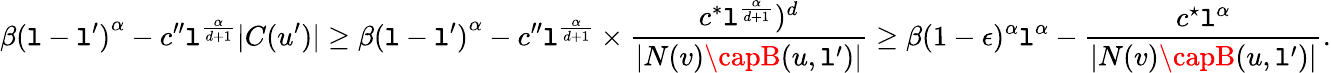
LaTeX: \beta{(\mathtt{l}-\mathtt{l}^{\prime})}^{\alpha}-c^{\prime\prime}\mathtt{l}^{\frac{{\alpha}}{{d+1}}}|C(u^{\prime})|\geq\beta{(\mathtt{l}-\mathtt{l}^{\prime})}^{\alpha}-c^{\prime\prime}\mathtt{l}^{\frac{{\alpha}}{{d+1}}}\times\frac{{c^{*}\mathtt{l}^{\frac{{\alpha}}{{d+1}}})^{d}}}{{|N(v)\capB(u,\mathtt{l}^{\prime})|}}\geq\beta(1-\epsilon)^{\alpha}\mathtt{l}^{\alpha}-\frac{{c^{\star}\mathtt{l}^{\alpha}}}{{|N(v)\capB(u,\mathtt{l}^{\prime})|}}.